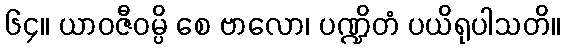
၆၄။ ယာဝဇီဝမ္ပိ စေ ဗာလော၊ ပဏ္ဍိတံ ပယိရုပါသတိ။